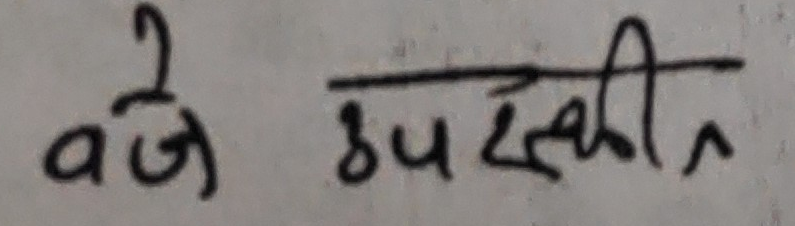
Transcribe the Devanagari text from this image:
बजे उसकी